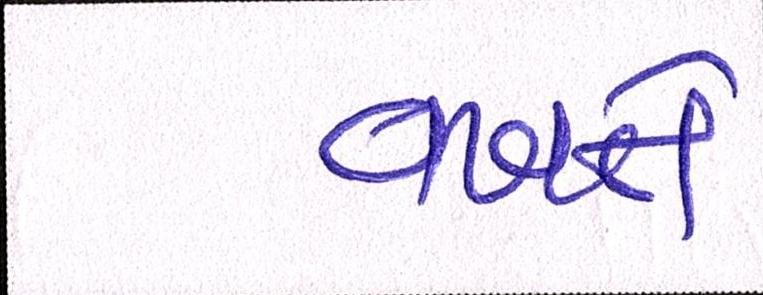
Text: વખતે